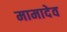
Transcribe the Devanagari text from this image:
मामादेव